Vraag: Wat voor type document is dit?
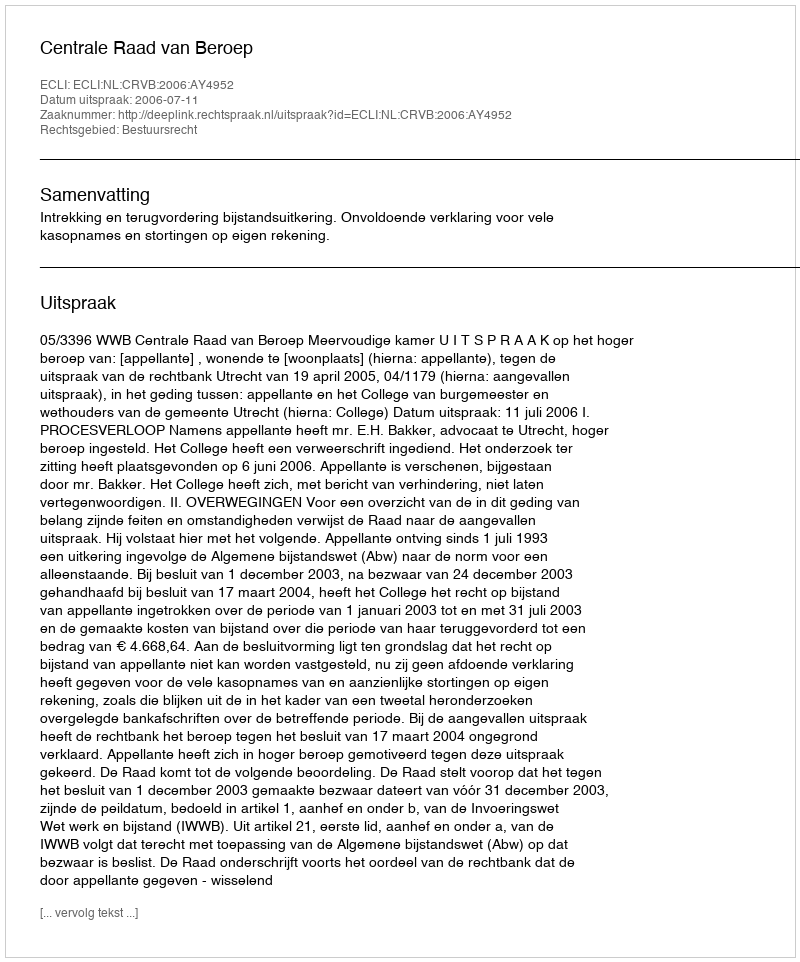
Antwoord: Uitspraak